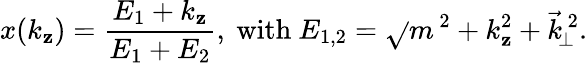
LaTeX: x(k_{\mathbf{z}})=\frac{{E_{1}+k_{\mathbf{z}}}}{{E_{1}+E_{2}}},\mathrm{{~with~}}E_{1,2}=\sqrt{}{{m^{\, 2}+k_{\mathbf{z}}^{2}+\vec{{k}}_{\! \perp}^{\, 2}}}.